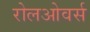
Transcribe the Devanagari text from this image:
रोलओवर्स